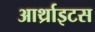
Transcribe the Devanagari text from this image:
आर्थ्राइटस